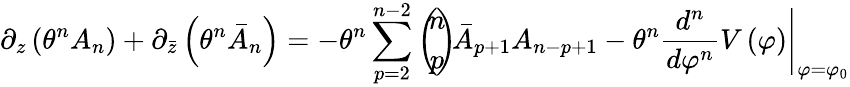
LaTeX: \partial_{z}\left(\theta^{n}A_{n}\right)+\partial_{\bar{z}}\left(\theta^{n}\bar{A}_{n}\right)=-\theta^{n}\sum_{p=2}^{n-2}\left(\! \! \begin{array}{c}{{n}}\\ {{p}}\end{array}\! \! \right)\! \bar{A}_{p+1}A_{n-p+1}-\theta^{n}\left.\frac{d^{n}}{d\varphi^{n}}V\left(\varphi\right)\right|_{\varphi=\varphi_{0}}